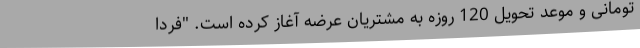
تومانی و موعد تحویل 120 روزه به مشتریان عرضه آغاز کرده است. "فردا